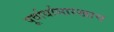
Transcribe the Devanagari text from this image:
पूर्वार्धासारखाच